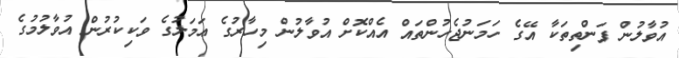
އުވާލުން ފަންތިތަކާ އޭގެ ހަމަނުޖެހުންތައް އެއްކޮށް އުވާލުން މިހާރުގެ ޢަމަލުގެ ވަކިކުރުން އުވާލުމުގެ